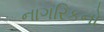
નાગરિકનો